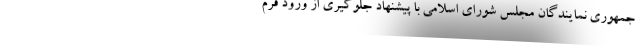
جمهوری نمایندگان مجلس شورای اسلامی با پیشنهاد جلوگیری از ورود فرم